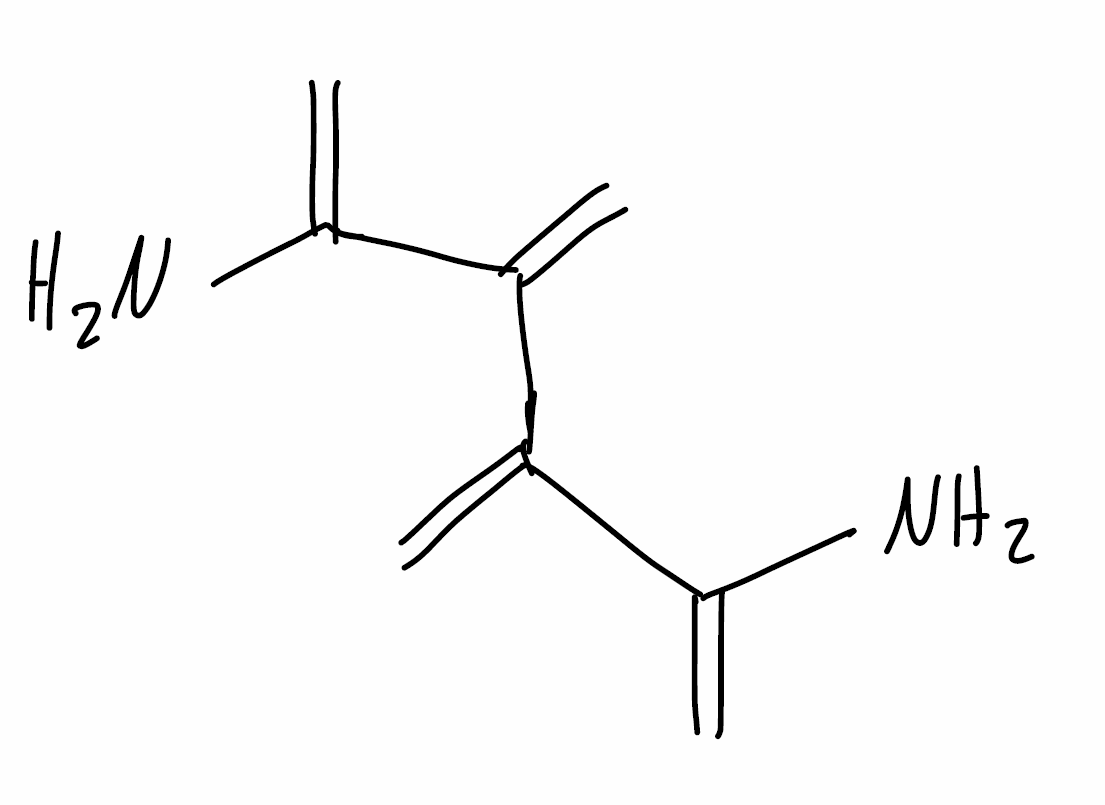
Simplified molecular-input line-entry system (SMILES) notation of the given molecule:
C=C(C(=C)C(=C)N)C(=C)N